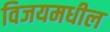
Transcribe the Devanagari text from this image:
विजयमधील